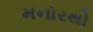
મનોરથો